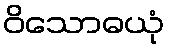
ဝိသောဓယုံ